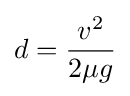
d={\frac {v^{2}}{2\mu g}}